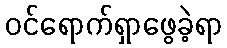
ဝင်ရောက်ရှာဖွေခဲ့ရာ